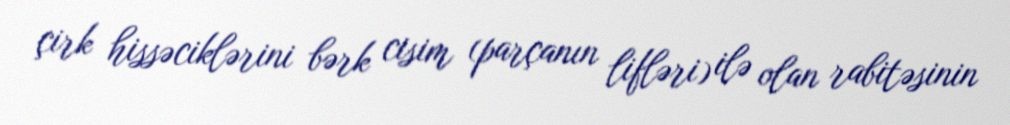
çirk hissəciklərini bərk cisim (parçanın lifləri) ilə olan rabitəsinin